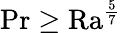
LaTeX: \mathrm{{Pr}\geq\mathrm{{Ra}}^{\frac{5}{7}}}